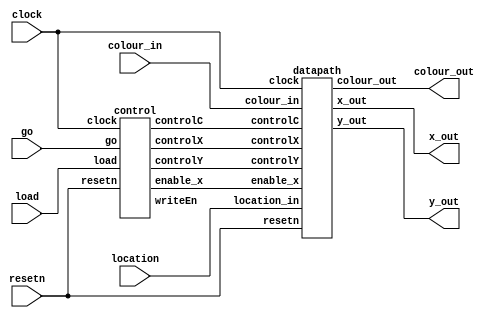
module combination(clock, resetn, load, go, colour_in, location, x_out, y_out, colour_out);
    input clock, resetn, load, go;
    input [2:0] colour_in;
    input [6:0] location;
    output [7:0] x_out;
    output [6:0] y_out;
    output [2:0] colour_out;
    wire controlX, controlY, controlC, writeEn, enable_x;

    control c0(
        .clock(clock),
        .resetn(resetn),
        .load(load),
        .go(go),
        .controlX(controlX),
        .controlY(controlY),
        .controlC(controlC),
        .writeEn(writeEn),
        .enable_x(enable_x)
    );

    datapath d0(
        .location_in(location),
        .colour_in(colour_in),
        .clock(clock),
        .resetn(resetn),
        .controlX(controlX),
        .controlY(controlY),
        .controlC(controlC),
        .enable_x(enable_x),
        .x_out(x_out),
        .y_out(y_out),
        .colour_out(colour_out)
    );
endmodule

module control(clock, resetn, load, go, controlX, controlY, controlC, writeEn, enable_x);
    input clock, resetn, load, go;
    output reg controlC, controlX, controlY, writeEn, enable_x;
    reg [2:0] curr, next;

    localparam  LOAD_X = 3'b000,
                LOAD_X_WAIT = 3'b001,
                LOAD_Y = 3'b010,
                LOAD_Y_WAIT = 3'b011,
                PLOT = 3'b100;

    // Current state registers
    always @(posedge clock) begin
        if(!resetn)
            curr <= LOAD_X;
        else
            curr <= next; 
    end
    // State Table
    always @(*)
    begin: state_table
        case (curr)
            LOAD_X: next = load ? LOAD_X_WAIT : LOAD_X; // load load if load is high, otherwise load from LOAD_X
            LOAD_X_WAIT: next = load ? LOAD_X_WAIT : LOAD_Y; //load load if load is high, otherwise load from LOAD_Y
            LOAD_Y: next = go ? LOAD_Y_WAIT : LOAD_Y; // load go if go is high, otherwise load from LOAD_Y
            LOAD_Y_WAIT: next = go ? LOAD_Y_WAIT :  PLOT; // load go if go is high, eitherwise load PLOT
            PLOT: next = load ? LOAD_X : PLOT; // load load if load is high, otherwise load PLOT
            default: next = LOAD_X;
        endcase
    end
    
    always @(*)
    begin
        controlX = 1'b0;
        controlY = 1'b0;
        controlC = 1'b0;
        writeEn = 0;
        case (curr)
            LOAD_X: begin
                controlX = 1;
                enable_x = 1;
                end
            LOAD_X_WAIT: controlX = 1;
            LOAD_Y: 
                begin
                    controlX = 0;
                    controlY = 1;
                    controlC = 1;
                end
            LOAD_Y_WAIT:
                begin
                    controlX = 0;
                    controlY = 1;
                    controlC = 1;
                end
            PLOT: writeEn = 1;
        endcase
    end
endmodule

module datapath(location_in, colour_in, clock, resetn, controlX, controlY, controlC, enable_x, x_out, y_out, colour_out);
	input [6:0] location_in;
	input [2:0] colour_in;
	input clock;
	input resetn;
	input enable_x;
	input controlX, controlY, controlC;
	output [7:0] x_out;
	output [6:0] y_out;
    output [2:0] colour_out;

    // Input registers
	reg [7:0] x;
	reg [6:0] y;
	reg [2:0] colour;


	reg [3:0] i_x, i_y;
	reg enable_y;

    // X, Y, C registers
	always @(posedge clock) begin 
		if(!resetn) begin
			x <= 8'b0;
			y <= 7'b0;
			colour <= 3'b0;
		end
		else begin
			if (controlX)
				x <= {1'b0, location_in};
			if (controlY)
				y <= location_in;
			if (controlC)
				colour <= colour_in;
		end
	end

    // Inccrement x
	always @(posedge clock) begin
		if (!resetn)
			i_x <= 4'b0000;
		else if(enable_x) begin
			if(i_x == 4'b1111) begin
				i_x <= 4'b0000;
				enable_y <= 1;
			    end
			else begin
				i_x <= i_x + 1;
				enable_y <= 0;
			    end
		    end
	end

    // Inccrement y
	always @(posedge clock) begin
		if (!resetn)
			i_y <= 4'b0000;
		else if(enable_y) begin
			if(i_y == 4'b1111)
				i_y <= 4'b0000;
			else 
				i_y <= i_y + 1;
		    end
	end

	assign x_out = x + i_x;
	assign y_out = y + i_y;
	assign colour_out = colour;
endmodule